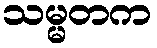
သမ္မတက